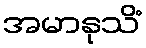
အမာနုသိံ